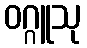
ဝဂ္ဂူသု